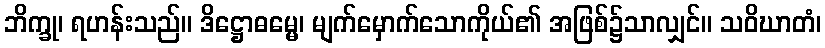
ဘိက္ခု၊ ရဟန်းသည်။ ဒိဋ္ဌောဓမ္မေ၊ မျက်မှောက်သောကိုယ်၏ အဖြစ်၌သာလျှင်။ သဝိဃာတံ၊